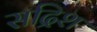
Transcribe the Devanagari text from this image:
सद्रिश